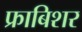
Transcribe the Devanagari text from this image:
फ्राबिशर